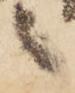
之